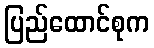
ပြည်ထောင်စုက